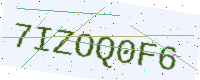
Text: 7IZOQ0F6